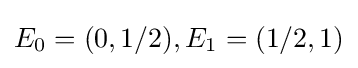
E_{0}=(0,1/2),E_{1}=(1/2,1)